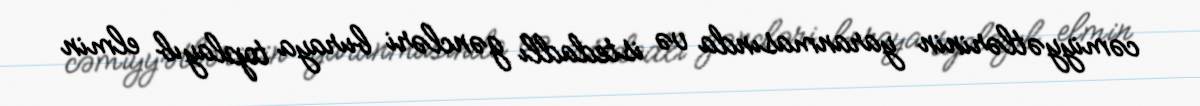
cəmiyyətlərinin yaranmasında və istedadlı gəncləri buraya toplayıb elmin